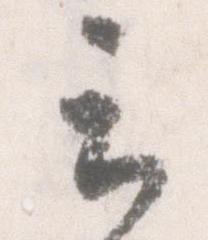
云